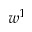
w ^ { 1 }